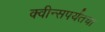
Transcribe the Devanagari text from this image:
क्वीन्सपर्यंतचा